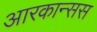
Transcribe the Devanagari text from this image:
आरकान्सस